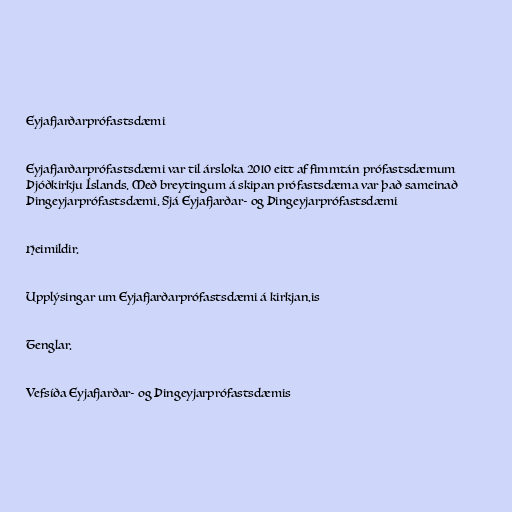
Eyjafjarðarprófastsdæmi

Eyjafjarðarprófastsdæmi var til ársloka 2010 eitt af fimmtán prófastsdæmum
Þjóðkirkju Íslands. Með breytingum á skipan prófastsdæma var það sameinað
Þingeyjarprófastsdæmi. Sjá Eyjafjarðar- og Þingeyjarprófastsdæmi

Heimildir.

Upplýsingar um Eyjafjarðarprófastsdæmi á kirkjan.is

Tenglar.

Vefsíða Eyjafjarðar- og Þingeyjarprófastsdæmis